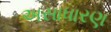
અસાધારણ